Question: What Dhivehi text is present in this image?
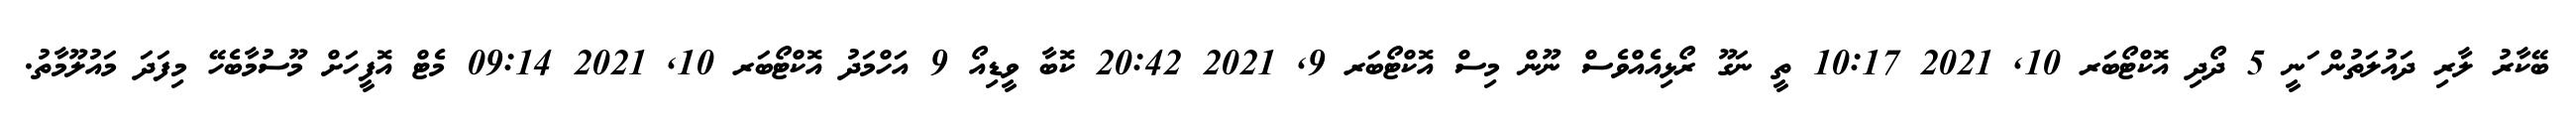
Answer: ބޭކާރު ލާރި ދައުލަތުން ަނީ 5 ދޯދި އޮކްޓޯބަރ 10, 2021 10:17 ތީ ނަގޫ ރޯޅިއެއްވެސް ނޫން މިސް އޮކްޓޯބަރ 9, 2021 20:42 ކޮބާ ވީޑިއޯ 9 އަހްމަދު އޮކްޓޯބަރ 10, 2021 09:14 މެޓް އޮފީހަށް މޫސުމާބެހޭ މިފަދަ މައުލޫމާތު.